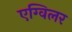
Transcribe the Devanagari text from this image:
एग्विलर